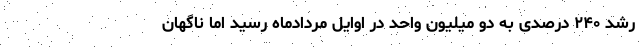
رشد ۲۴۰ درصدی به دو میلیون واحد در اوایل مردادماه رسید اما ناگهان